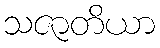
သဇာတိယာ